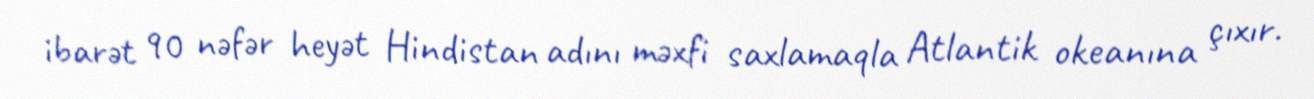
ibarət 90 nəfər heyət Hindistan adını məxfi saxlamaqla Atlantik okeanına çıxır.